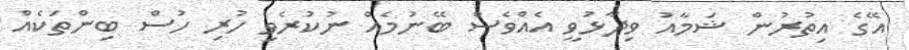
އޭގެ އިތުރުން ޝަމާއު ވިދާޅުވީ އެއްވެސް ބޭނުމެއް ނުކުރެވި ހުރި ހުސް ބިންތަކެއް